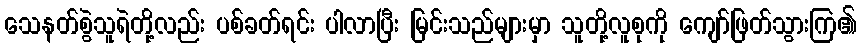
သေနတ်စွဲသူရဲတို့လည်း ပစ်ခတ်ရင်း ပါလာပြီး မြင်းသည်များမှာ သူတို့လူစုကို ကျော်ဖြတ်သွားကြ၏